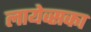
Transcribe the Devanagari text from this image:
लायेव्सका